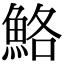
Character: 鮥